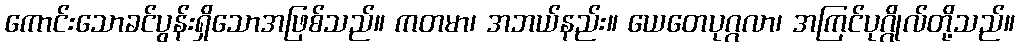
ကောင်းသောခင်ပွန်းရှိသောအဖြစ်သည်။ ကတမာ၊ အဘယ်နည်း။ ယေတေပုဂ္ဂလာ၊ အကြင်ပုဂ္ဂိုလ်တို့သည်။